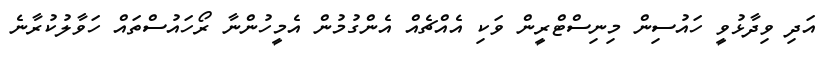
އަދި ވިދާޅުވީ ހައުސިން މިނިސްޓްރީން ވަކި އެއްޗެއް އެންގުމުން އެމީހުންނާ ރޯހައުސްތައް ހަވާލުކުރާނެ